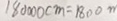
1 8 0 0 0 c m = 1 8 0 0 m